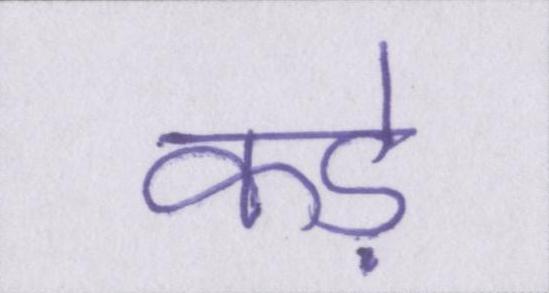
कड़े